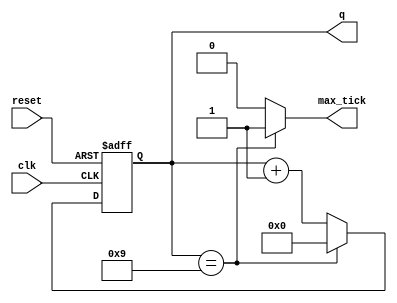
module mod_m_counter
(
	input wire          clk,
	input wire          reset,
	output wire         max_tick,
	output wire [N-1:0] q
);
	parameter N = 4;  // number of bits
	parameter M = 10; // mod-M
	
	reg [N-1:0]  r_reg;
	wire [N-1:0] r_next;
	
	always @ (posedge clk, posedge reset) begin
		if (reset)
			r_reg <= 0;
		else
			r_reg <= r_next;
	end
	
	assign r_next = (r_reg == M-1) ? 0 : r_reg + 1;
	assign q = r_reg;
	assign max_tick = (r_reg == M-1) ? 1 : 0;
endmodule